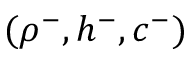
( \rho ^ { - } , h ^ { - } , c ^ { - } )